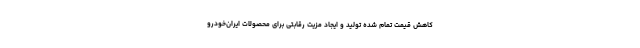
کاهش قیمت تمام شده تولید و ایجاد مزیت رقابتی برای محصولات ایران‌خودرو